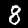
Label: 8